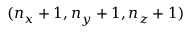
( n _ { x } + 1 , n _ { y } + 1 , n _ { z } + 1 )